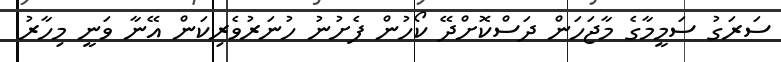
ސަރަގު ސަމީމާގެ މާޖަހަން ދަސްކޮށްދޭ ކޯހުން ފެށުނު ހުނަރުވެރިކަން އޭނާ ވަނީ މިހާރު